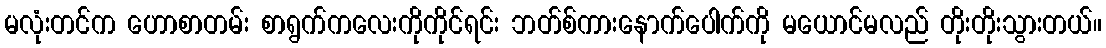
မလုံးတင်က ဟောစာတမ်း စာရွက်ကလေးကိုကိုင်ရင်း ဘတ်စ်ကားနောက်ပေါက်ကို မယောင်မလည် တိုးတိုးသွားတယ်။